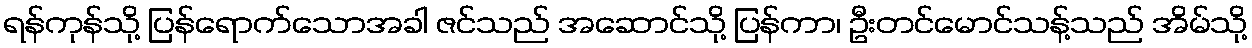
ရန်ကုန်သို့ ပြန်ရောက်သောအခါ ဇင်သည် အဆောင်သို့ ပြန်ကာ၊ ဦးတင်မောင်သန့်သည် အိမ်သို့